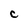
Character: C